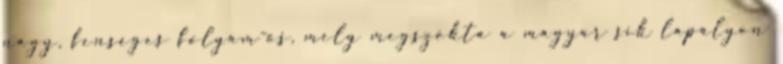
nagy, fenséges folyam-ős, mely megszokta a magyar sík lapályon